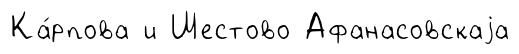
Ка́рпова и Шестово Афанасовскаjа